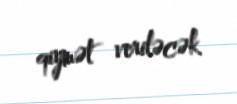
qiymət veriləcək.